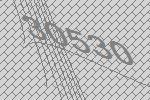
30530